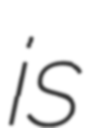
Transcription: is